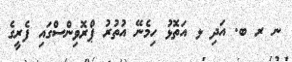
ނ ރ ބ. އަދި ޅ އަތޮޅު ހިމެނޭ އުތުރު ޕްރޮވިންސްގައި ފެރީގެ